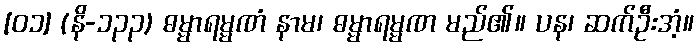
[၀၁] (နိ-၁၃၃) ဓမ္မာရမ္မဏံ နာမ၊ ဓမ္မာရမ္မဏ မည်၏။ ပန၊ ဆက်ဦးအံ့။